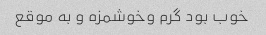
خوب بود گرم وخوشمزه و به موقع